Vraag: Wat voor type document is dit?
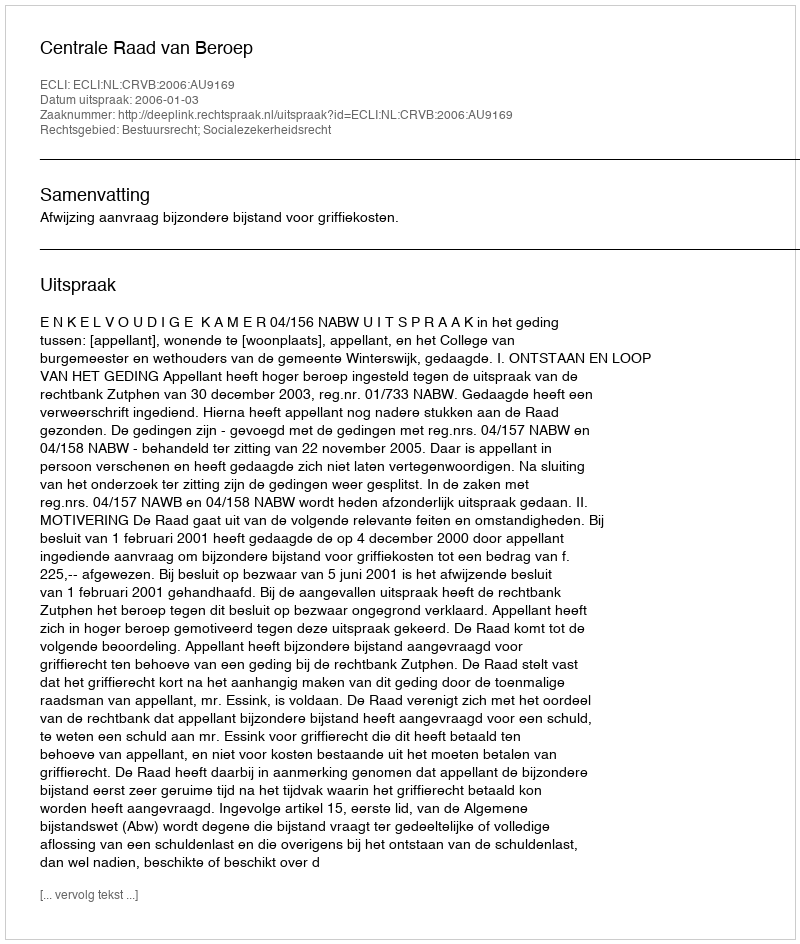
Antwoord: Uitspraak